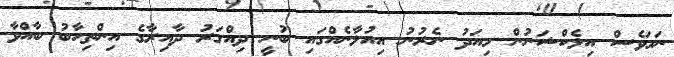
ނަމަވެސް އިލެކްޝަނުން މިއަދު ނެރުނު އިއުލާނެއްގައި ބުނީ ދިއްގަރު ދާއިރާގެ އިންތިހާބު ބާއްވާ